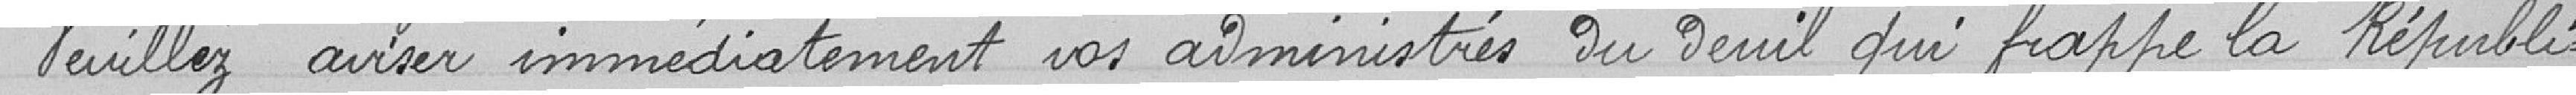
Veuillez aviser immédiatement vos administrés du deuil qui frappe la Républi